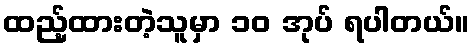
ထည့်ထားတဲ့သူမှာ ၁၀ အုပ် ရပါတယ်။